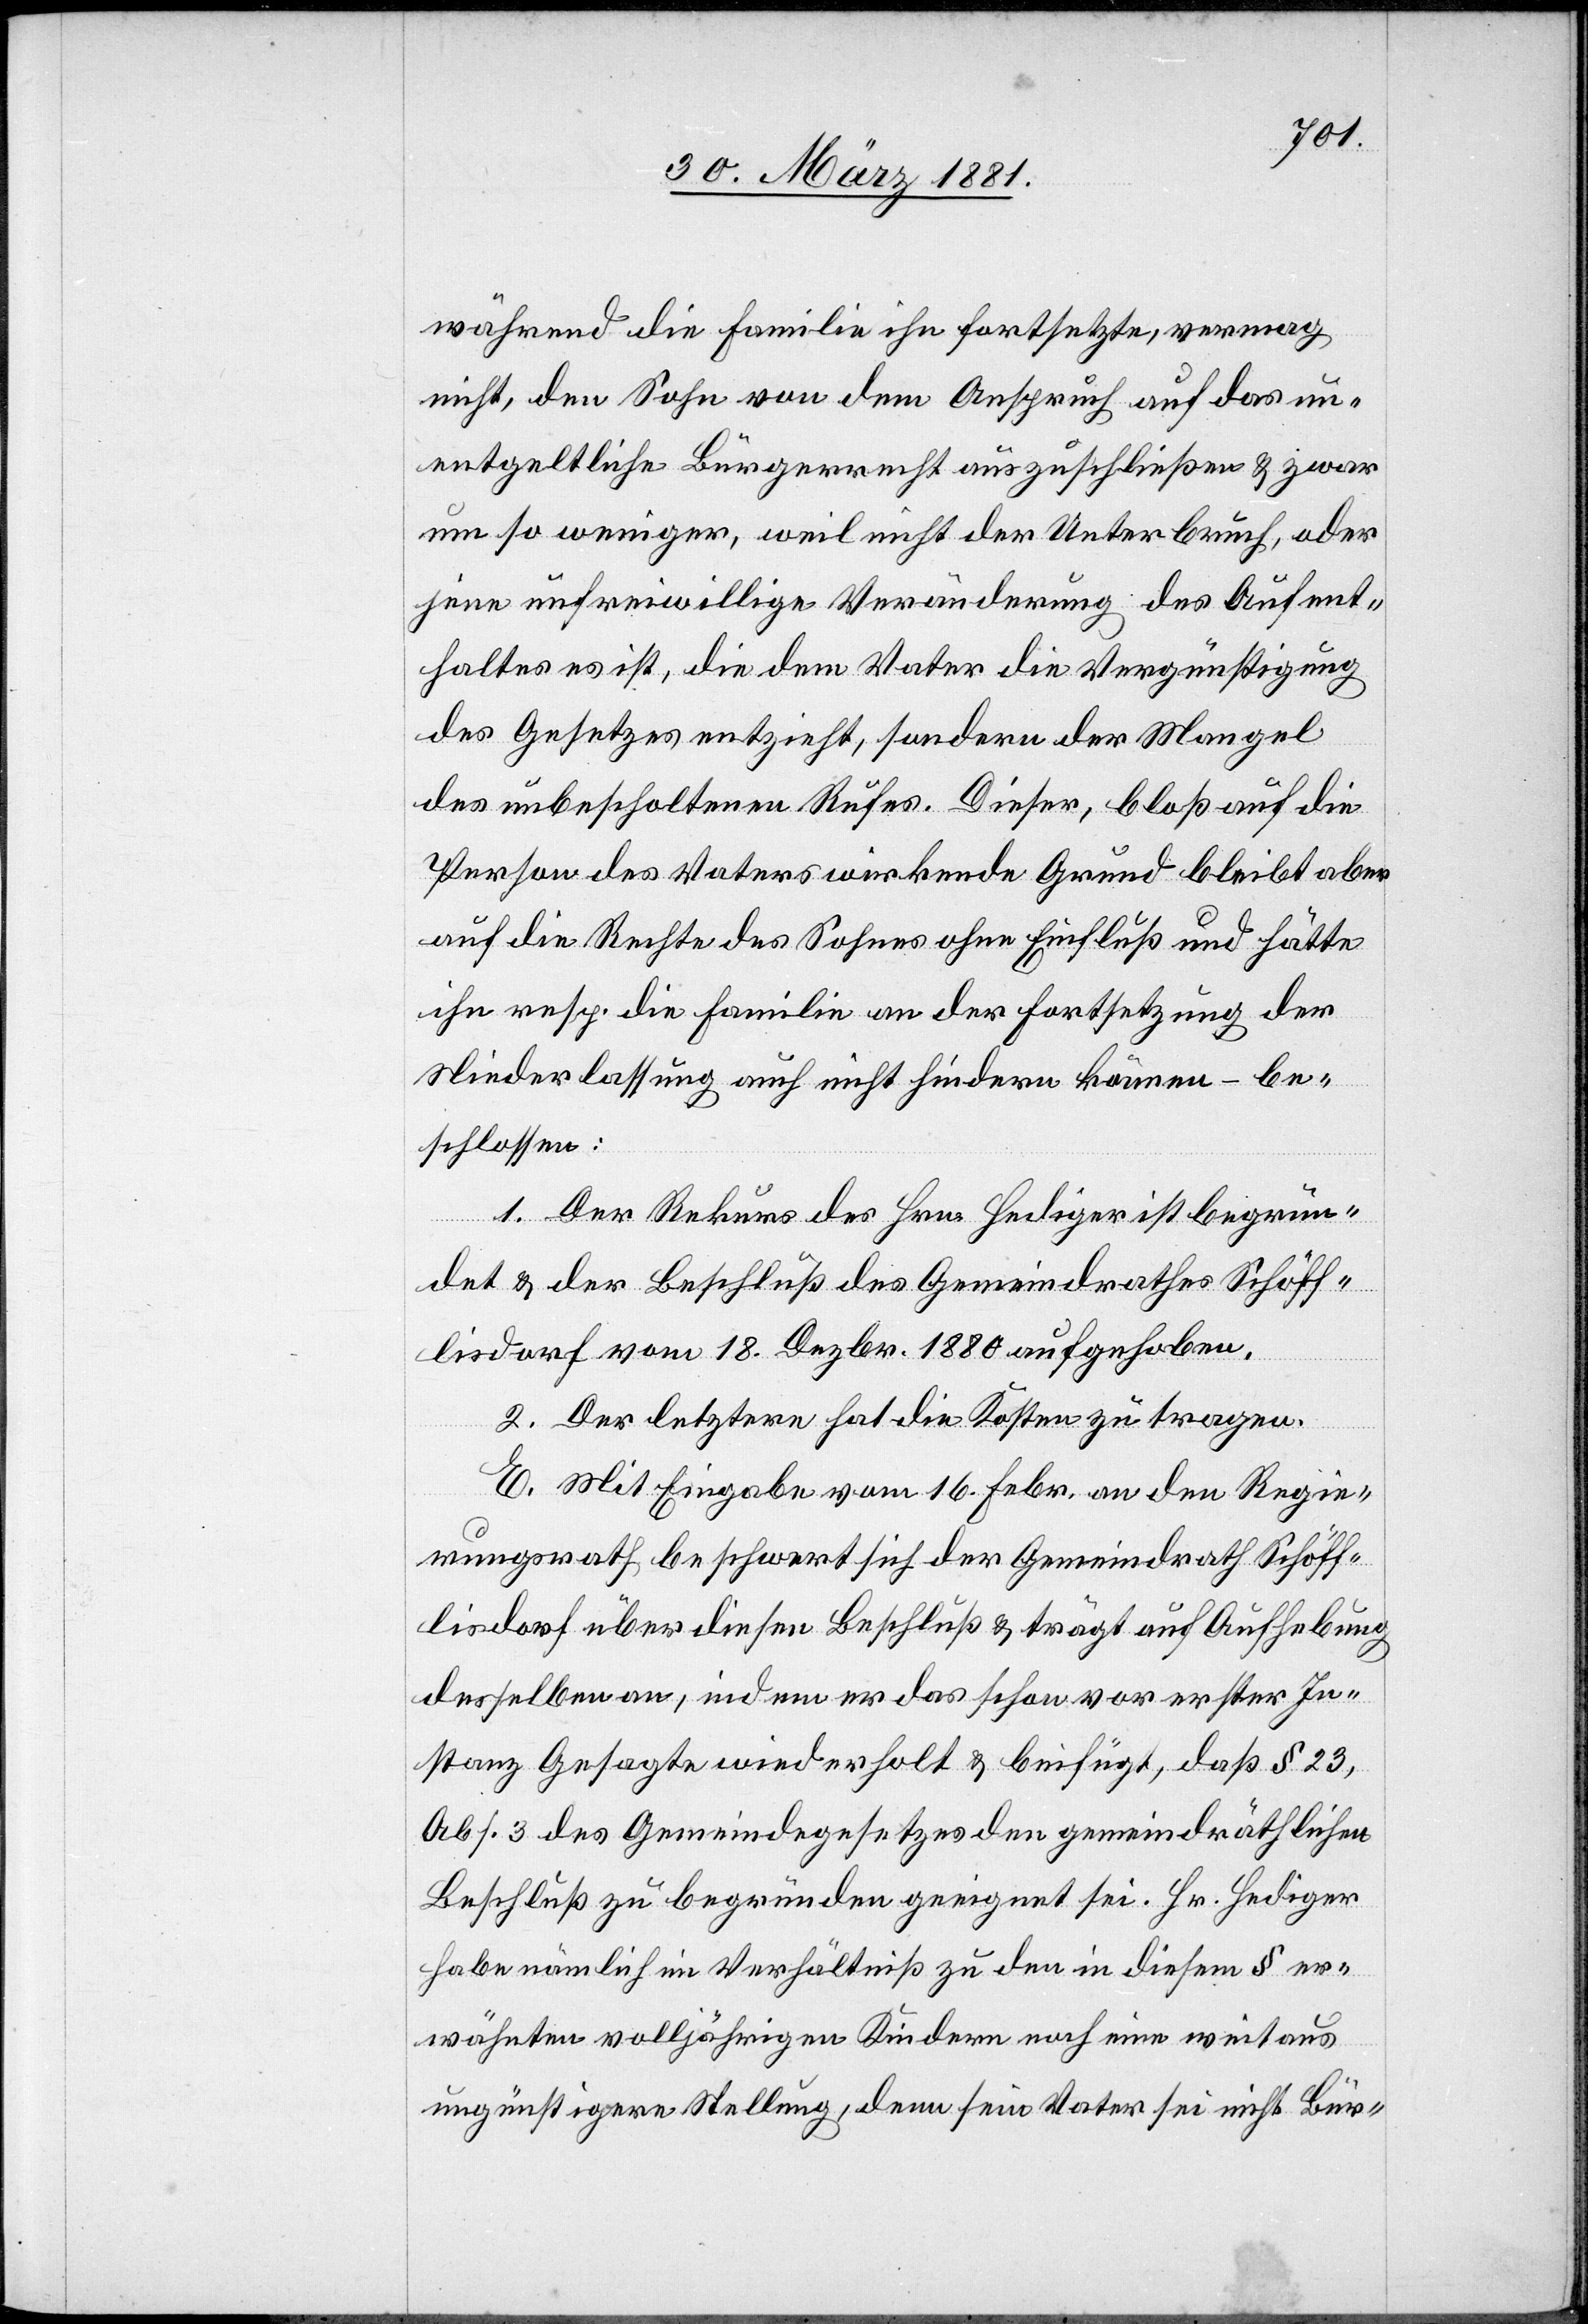
während die Familie ihn fortsetzte, vermag
nicht, den Sohn von dem Anspruch auf das un¬
entgeltliche Bürgerrecht auszuschließen & zwar
um so weniger, weil nicht der Unterbruch, oder
jene unfreiwillige Veränderung des Aufent¬
haltes es ist, die dem Vater die Vergünstigung
des Gesetzes entzieht, sondern der Mangel
des unbescholtenen Rufes. Dieser, bloß auf die
Person des Vaters wirkende Grund bleibt aber
auf die Rechte des Sohnes ohne Einfluß und hätte
ihn resp. die Familie an der Fortsetzung der
Niederlassung auch nicht hindern können – be¬
schlossen:
1. Der Rekurs des Hrn. Hediger ist begrün¬
det & der Beschluß des Gemeindrathes Schöff¬
lisdorf vom 18. Dezbr. 1880 aufgehoben.
2. Der letztere hat die Kosten zu tragen.
E. Mit Eingabe vom 16. Febr. an den Regie¬
rungsrath beschwert sich der Gemeindrath Schöff¬
lisdorf über diesen Beschluß & trägt auf Aufhebung
desselben an, indem er das schon vor erster In¬
stanz Gesagte wiederholt & beifügt, daß § 23,
Abs. 3 des Gemeindegesetzes den gemeindräthlichen
Beschluß zu begründen geeignet sei. Hr. Hediger
habe nämlich im Verhältniß zu den in diesem § er¬
wähnten volljährigen Kindern noch eine weitaus
ungünstigere Stellung, denn sein Vater sei nicht Bür-